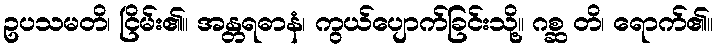
ဥပသမတိ၊ ငြိမ်း၏။ အန္တရဓာနံ၊ ကွယ်ပျောက်ခြင်းသို့။ ဂစ္ဆ တိ၊ ရောက်၏။